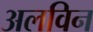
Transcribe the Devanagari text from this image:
अलविन